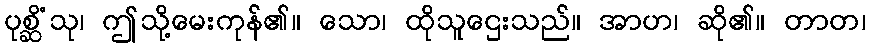
ပုစ္ဆိံသု၊ ဤသို့မေးကုန်၏။ သော၊ ထိုသူဌေးသည်။ အာဟ၊ ဆို၏။ တာတ၊